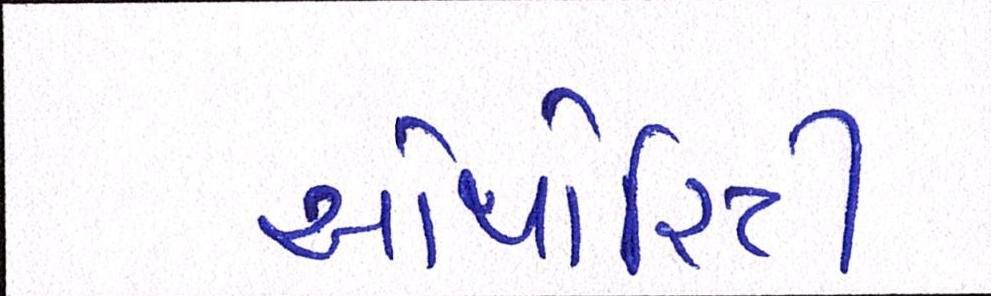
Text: ઓથોરિટી